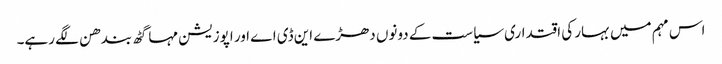
اس مہم میں بہار کی اقتداری سیاست کے دونوں دھڑے این ڈی اے اور اپوزیشن مہا گٹھ بندھن لگے رہے۔